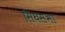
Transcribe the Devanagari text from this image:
सिंघसभा